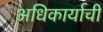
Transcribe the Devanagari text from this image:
अधिकार्याची